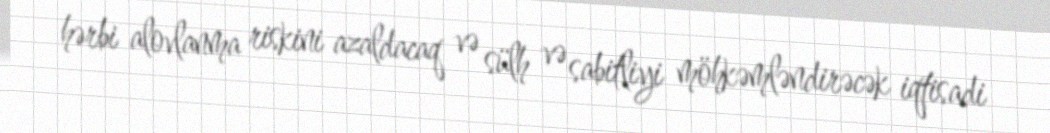
hərbi alovlanma riskini azaldacaq və sülh və sabitliyi möhkəmləndirəcək iqtisadi